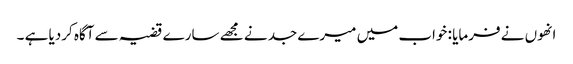
انھوں نے فرمایا : خواب میں میرے جد نے مجھے سارے قضیہ سے آگاہ کردیا ہے ۔